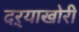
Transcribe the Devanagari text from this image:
दऱ्‍याखोरी